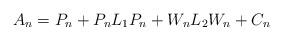
LaTeX: \begin{align*}A_n &=P_n+P_nL_1P_n+W_n L_2W_n +C_n\end{align*}